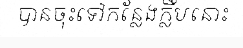
បានចុះទៅកន្លែងក្លឹបនោះ